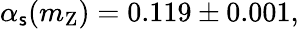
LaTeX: \alpha_{\mathsf{s}}(m_{\mathrm{{Z}}})=0.119\pm0.001,